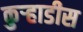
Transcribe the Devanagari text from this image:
कुऱ्हाडीस